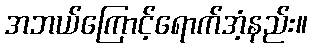
အဘယ်ကြောင့်ရောက်အံ့နည်း။